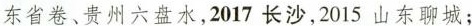
东省卷、贵州六盘水，2017长沙，2015山东聊城；